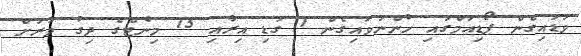
ވަޑައިގެން ޕޯޑިއަމްގައި ހުންނަވައިގެން 1 ގަޑި އިރާއި 15 މިނެޓްގެ ދިގު ވަރަށް